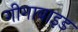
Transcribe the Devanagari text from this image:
गीगाबाइड